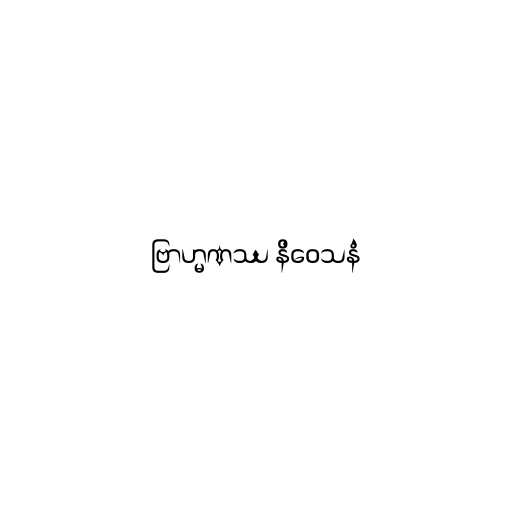
ဗြာဟ္မဏဿ နိဝေသနံ